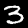
Digit: 3